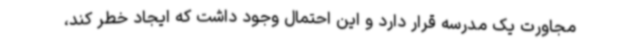
مجاورت یک مدرسه قرار دارد و این احتمال وجود داشت که ایجاد خطر کند،